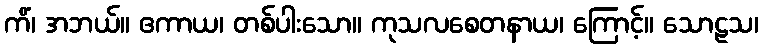
ကိံ၊ အဘယ်။ ဧကာယ၊ တစ်ပါးသော။ ကုသလစေတနာယ၊ ကြောင့်။ သောဠသ၊